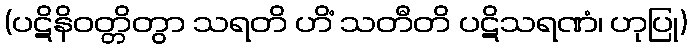
(ပဋိနိဝတ္တိတွာ သရတိ ဟိံ သတီတိ ပဋိသရဏံ၊ ဟုပြု)